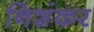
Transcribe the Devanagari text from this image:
निशंकर